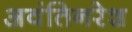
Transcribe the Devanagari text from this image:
अवंतिनरेश